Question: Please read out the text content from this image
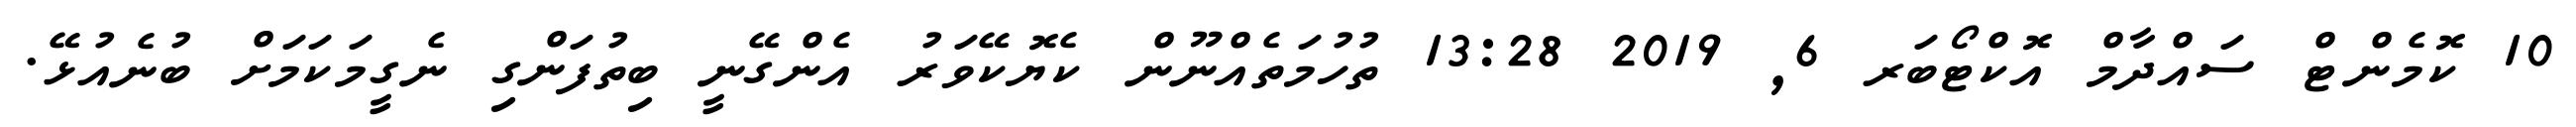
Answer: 10 ކޮމެންޓް ސައްދާމް އޮކްޓޯބަރ 6, 2019 13:28 ތުހުމަތެއްނޫން ކެޔޮކޭވަރު އެންގޭނީ ބިތުފަންގި ނެގީމަކަމަށް ބުނެއުޅޭ.